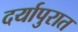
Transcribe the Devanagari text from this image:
दर्यापुरात